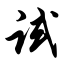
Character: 试